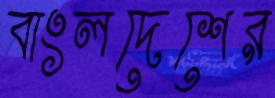
বাংলদেশের